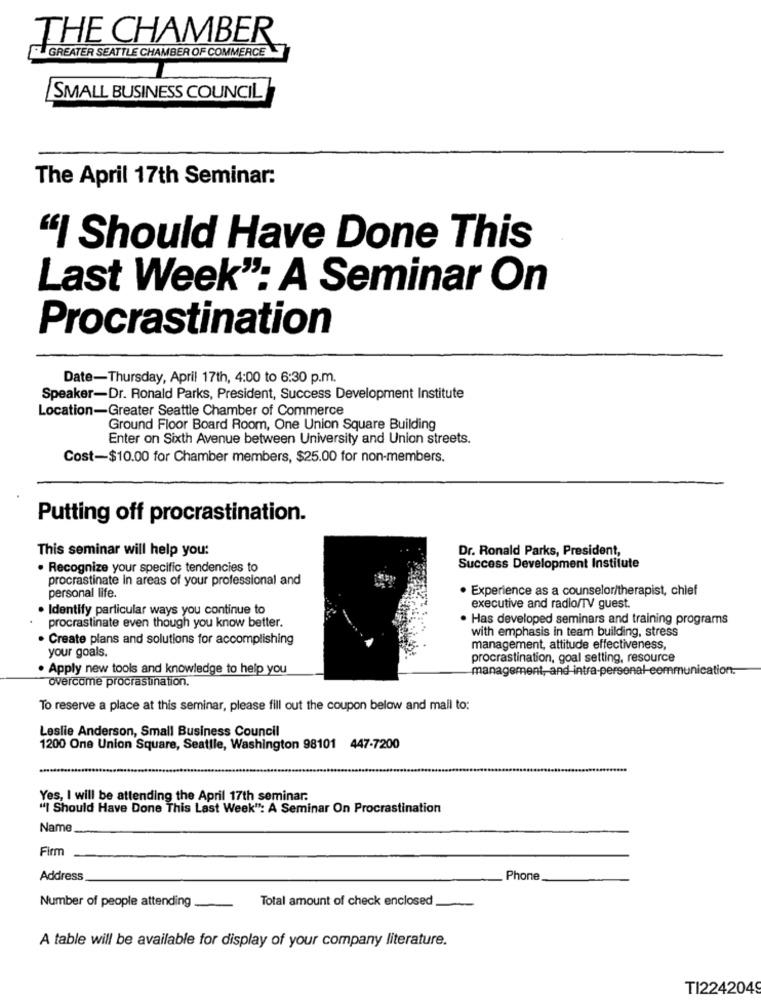
THE CHAMBER
GREATER SEATTLE CHAMBER OF COMMERCE
SMALL BUSINESS COUNCIL
The April 17th Seminar:
"I Should Have Done This
Last Week": A Seminar On
Procrastination
Date-Thursday, April 17th, 4:00 to 6:30 p.m.
Speaker-Dr. Ronald Parks, President, Success Development Institute
Location-Greater Seattle Chamber of Commerce
Ground Floor Board Room, One Union Square Building
Enter on Sixth Avenue between University and Union streets.
Cost-$10.00 for Chamber members, $25.00 for non-members.
Putting off procrastination.
This seminar will help you:
Dr. Ronald Parks, President,
· Recognize your specific tendencies to
Success Development Institute
procrastinate In areas of your professional and
· Experience as a counselor/therapist, chief
personal life.
. Identify particular ways you continue to
executive and radio/TV guest.
· Has developed seminars and training programs
procrastinate even though you know better.
with emphasis in team building, stress
. Create plans and solutions for accomplishing
management, attitude effectiveness,
your goals.
procrastination, goal setting, resource
. Apply new tools and knowledge to help you
management, and intra-personal-communication.
overcome procrastination.
To reserve a place at this seminar, please fill out the coupon below and mail to:
Leslie Anderson, Small Business Council
1200 One Union Square, Seattle, Washington 98101 447-7200
Yes, I will be attending the April 17th seminar.
"I Should Have Done This Last Week": A Seminar On Procrastination
Name
Firm
Address
Phone
Number of people attending
Total amount of check enclosed
A table will be available for display of your company literature.
TI2242049